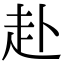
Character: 赴